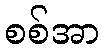
စစ်အာ